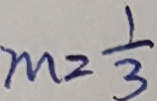
m = \frac { 1 } { 3 }